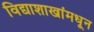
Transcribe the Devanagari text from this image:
विद्याशाखांमधून